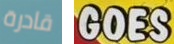
قادرة GOES